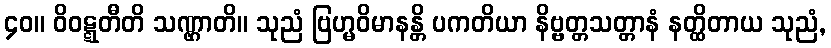
၄၀။ ဝိဝဋ္ဋတီတိ သဏ္ဌာတိ။ သုညံ ဗြဟ္မဝိမာနန္တိ ပကတိယာ နိဗ္ဗတ္တသတ္တာနံ နတ္ထိတာယ သုညံ,